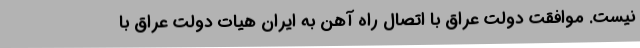
نیست. موافقت دولت عراق با اتصال راه آهن به ایران هیات دولت عراق با